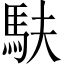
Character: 𫘆